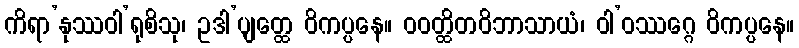
ကိရာ’နုဿဝါ’ရုစိသု၊ ဥဒါ’ပျတ္ထေ ဝိကပ္ပနေ။ ဝဝတ္ထိတဝိဘာသာယံ၊ ဝါ’ဝဿဂ္ဂေ ဝိကပ္ပနေ။